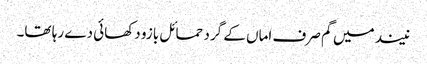
نیند میں گم صرف اماں کے گرد حمائل بازو دکھائی دے رہا تھا۔